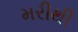
મરીથી